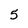
Character: 5